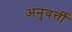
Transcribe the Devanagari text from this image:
अनुवर्त्ती